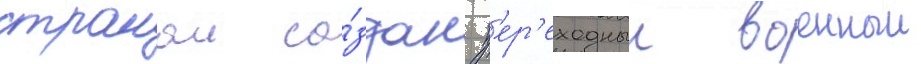
странои со́здан п'ер'еходныи военныи